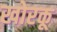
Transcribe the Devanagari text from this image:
खोरकू